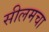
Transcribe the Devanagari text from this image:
सीलमचा